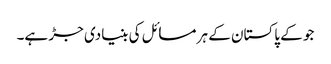
جو کے پاکستان کے ہر مسائل کی بنیادی جڑ ہے۔